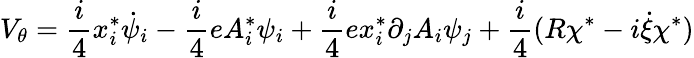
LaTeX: V_{\theta}=\frac{i}{4}x_{i}^{\ast}\dot{\psi}_{i}-\frac{i}{4}eA_{i}^{\ast}\psi_{i}+\frac{i}{4}ex_{i}^{\ast}\partial_{j}A_{i}\psi_{j}+\frac{i}{4}(R\chi^{\ast}-i\dot{\xi}\chi^{\ast})